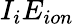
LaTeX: I_{i}E_{ion}